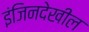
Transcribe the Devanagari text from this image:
इंजिनदेखील